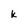
Character: k